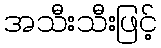
အသီးသီးဖြင့်